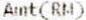
AMT(RM)